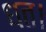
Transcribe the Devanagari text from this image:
धत।